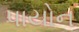
પાયોન